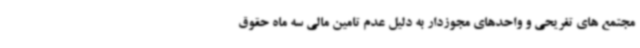
مجتمع های تفریحی و واحدهای مجوزدار به دلیل عدم تامین مالی سه ماه حقوق